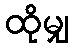
ထိုမျှ